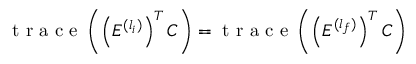
\mathrm { ~ t ~ r ~ a ~ c ~ e ~ } \left( \left( E ^ { ( l _ { i } ) } \right) ^ { T } C \right) = \mathrm { ~ t ~ r ~ a ~ c ~ e ~ } \left( \left( E ^ { ( l _ { f } ) } \right) ^ { T } C \right)